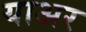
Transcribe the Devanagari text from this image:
याअर